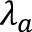
\lambda _ { a }